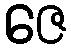
ဇေ